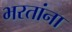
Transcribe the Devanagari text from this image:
भरतांना